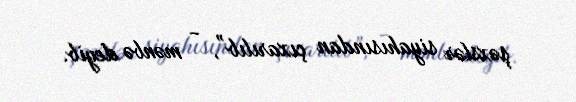
şəxslər siyahısından çıxarılıb”, - mənbə deyib.